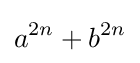
a^{2n}+b^{2n}